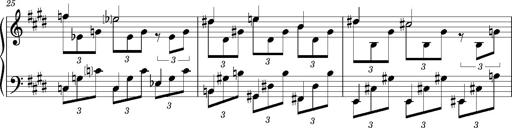
Title: PrÃ©ludes et Harmonies poÃ©tiques et religieuses
Composer: Franz Liszt